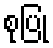
စုပြုံ